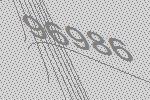
96986